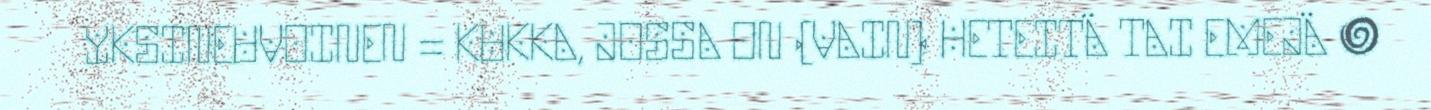
YKSINEUVOINEN = KUKKA, JOSSA ON (VAIN) HETEITÄ TAI EMEJÄ ●